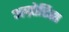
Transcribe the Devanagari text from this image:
अग्रोटिस